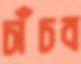
চাঁচব